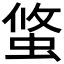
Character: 𧌁